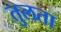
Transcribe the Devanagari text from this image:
तुलता